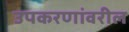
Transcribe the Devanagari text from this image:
उपकरणांवरील